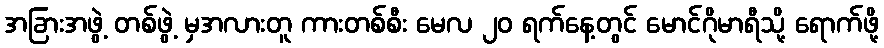
အခြားအဖွဲ့ တစ်ဖွဲ့ မှအလားတူ ကားတစ်စီး မေလ ၂၀ ရက်နေ့တွင် မောင်ဂိုမာရီသို့ ရောက်ဖို့